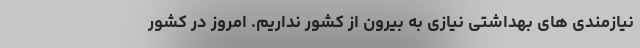
نیازمندی های بهداشتی نیازی به بیرون از کشور نداریم. امروز در کشور